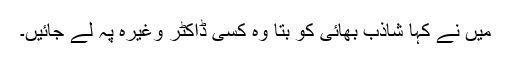
میں نے کہا شاذب بھائی کو بتا وہ کسی ڈاکٹر وغیرہ پہ لے جائیں۔